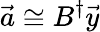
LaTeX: \vec{a}\cong B^{\dagger}\vec{y}